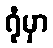
ရုံမှာ